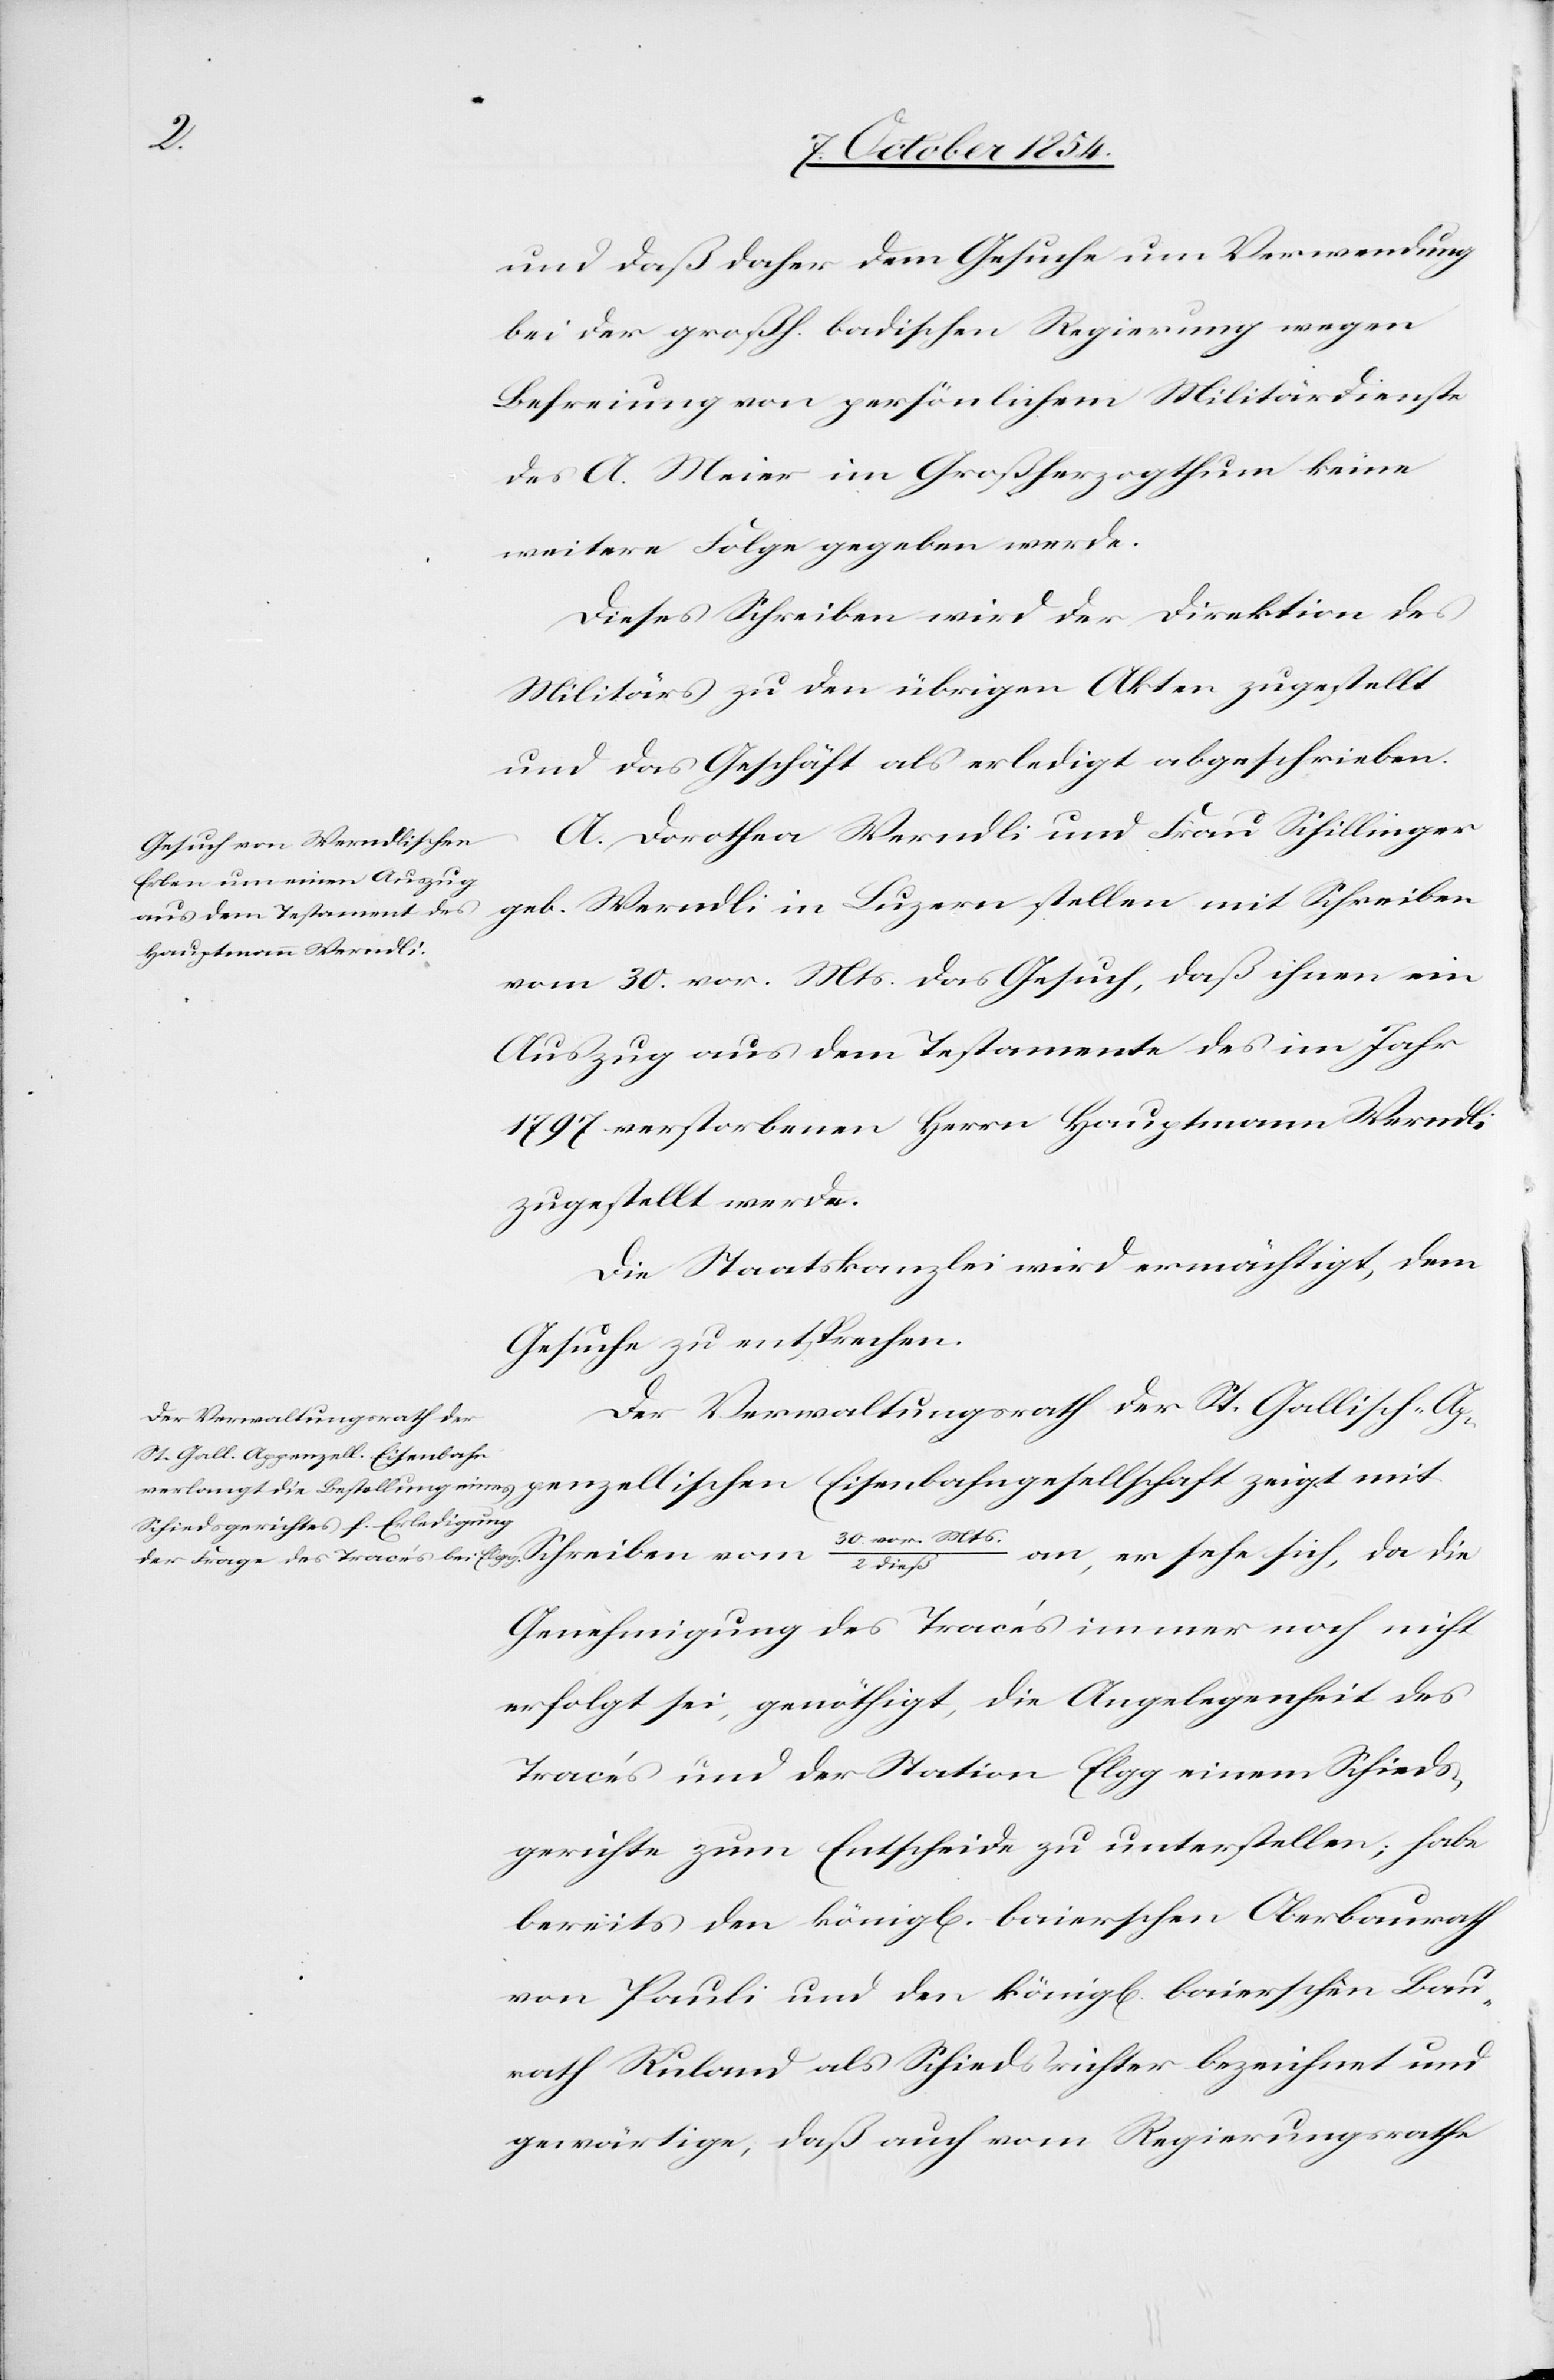
und daß daher dem Gesuche um Verwendung
bei der großh. badischen Regierung wegen
Befreiung von persönlichem Militärdienste
des A. Meier im Großherzogthum keine
weiter Folge gegeben werde.
Dieses Schreiben wird der Direktion des
Militärs zu den übrigen Akten zugestellt
und das Geschäft als erledigt abgeschrieben.
A. Dorothea Werndli und Frau Schillinger
geb. Werndli in Luzern stellen mit Schreiben
vom 30. vor. Mts. das Gesuch, daß ihnen ein
Auszug aus dem Testamente des im Jahr
1797 verstorbenen Herrn Hauptmann Werndli
zugestellt werde.
Die Staatskanzlei wird ermächtigt, dem
Gesuche zu entsprechen.
Der Verwaltungsrath der St. Gallisch-Ap¬
penzellischen Eisenbahngesellschaft zeigt mit
30. vor. Mts./2
an, er sehe sich, da die
dieß
Genehmigung des Tracés immer noch nicht
erfolgt sei, genöthigt, die Angelegenheit des
Tracés und der Station Elgg einem Schieds¬
gerichte zum Entscheide zu unterstellen; habe
bereits den königl[en]. baierschen Oberbaurath
von Pauli und den königl[en]. baierschen Bau¬
rath Ruland als Schiedsrichter bezeichnet und
gewärtige, daß auch vom Regierungsrathe